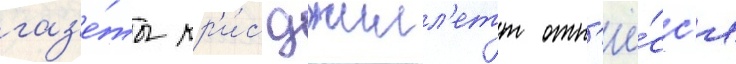
газ'е́ты кр'и́с джилл'етт отн'ё́сс'я